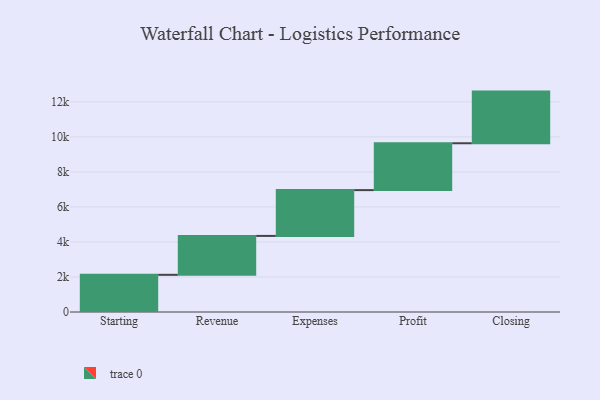
{"axis": {"x": "Step", "y": "Value"}, "legend": [""], "data": [{"x": "Starting", "y": 2123.0, "type": ""}, {"x": "Revenue", "y": 2222.0, "type": ""}, {"x": "Expenses", "y": 2615.0, "type": ""}, {"x": "Profit", "y": 2676.0, "type": ""}, {"x": "Closing", "y": 2949.0, "type": ""}]}